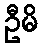
ဦမိ